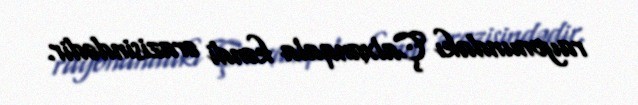
rayonundakı Çalxanqala kəndi ərazisindədir.